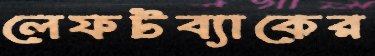
লেফটব্যাকের